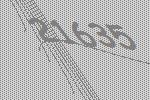
21635